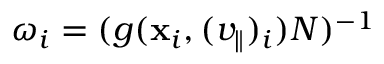
\omega _ { i } = ( g ( \mathbf { x } _ { i } , ( v _ { \parallel } ) _ { i } ) N ) ^ { - 1 }